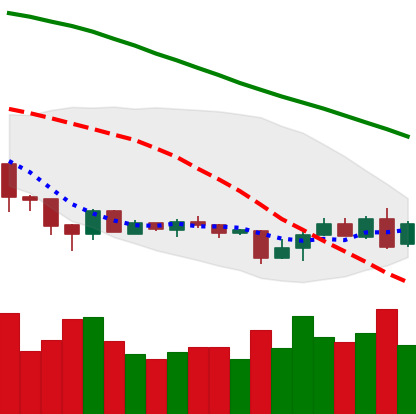
Ticker: XMR-USD
Chart end date: 2018-06-29
Forward return: 9.165%
Label: up_7plus